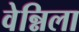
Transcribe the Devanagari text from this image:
वेन्निला